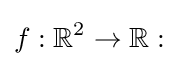
f:\mathbb {R} ^{2}\rightarrow \mathbb {R} :